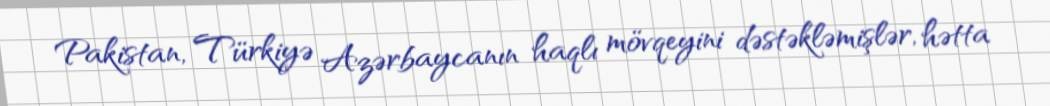
Pakistan, Türkiyə Azərbaycanın haqlı mövqeyini dəstəkləmişlər, hətta